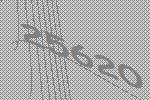
25620